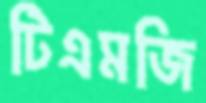
টিএমজি